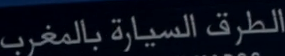
الطرق السيارة بالمغرب